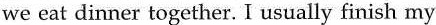
we eat dinner together. I usually finish my